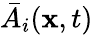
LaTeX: \bar{A}_{i}{(\textbf{x},t)}